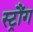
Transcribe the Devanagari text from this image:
स्ट्रौंग